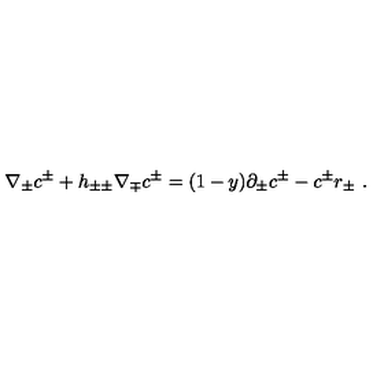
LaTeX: \nabla _ { \pm } c ^ { \pm } + h _ { \pm \pm } \nabla _ { \mp } c ^ { \pm } = ( 1 - y ) \partial _ { \pm } c ^ { \pm } - c ^ { \pm } r _ { \pm } \ .